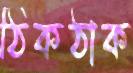
ঠিকঠাক